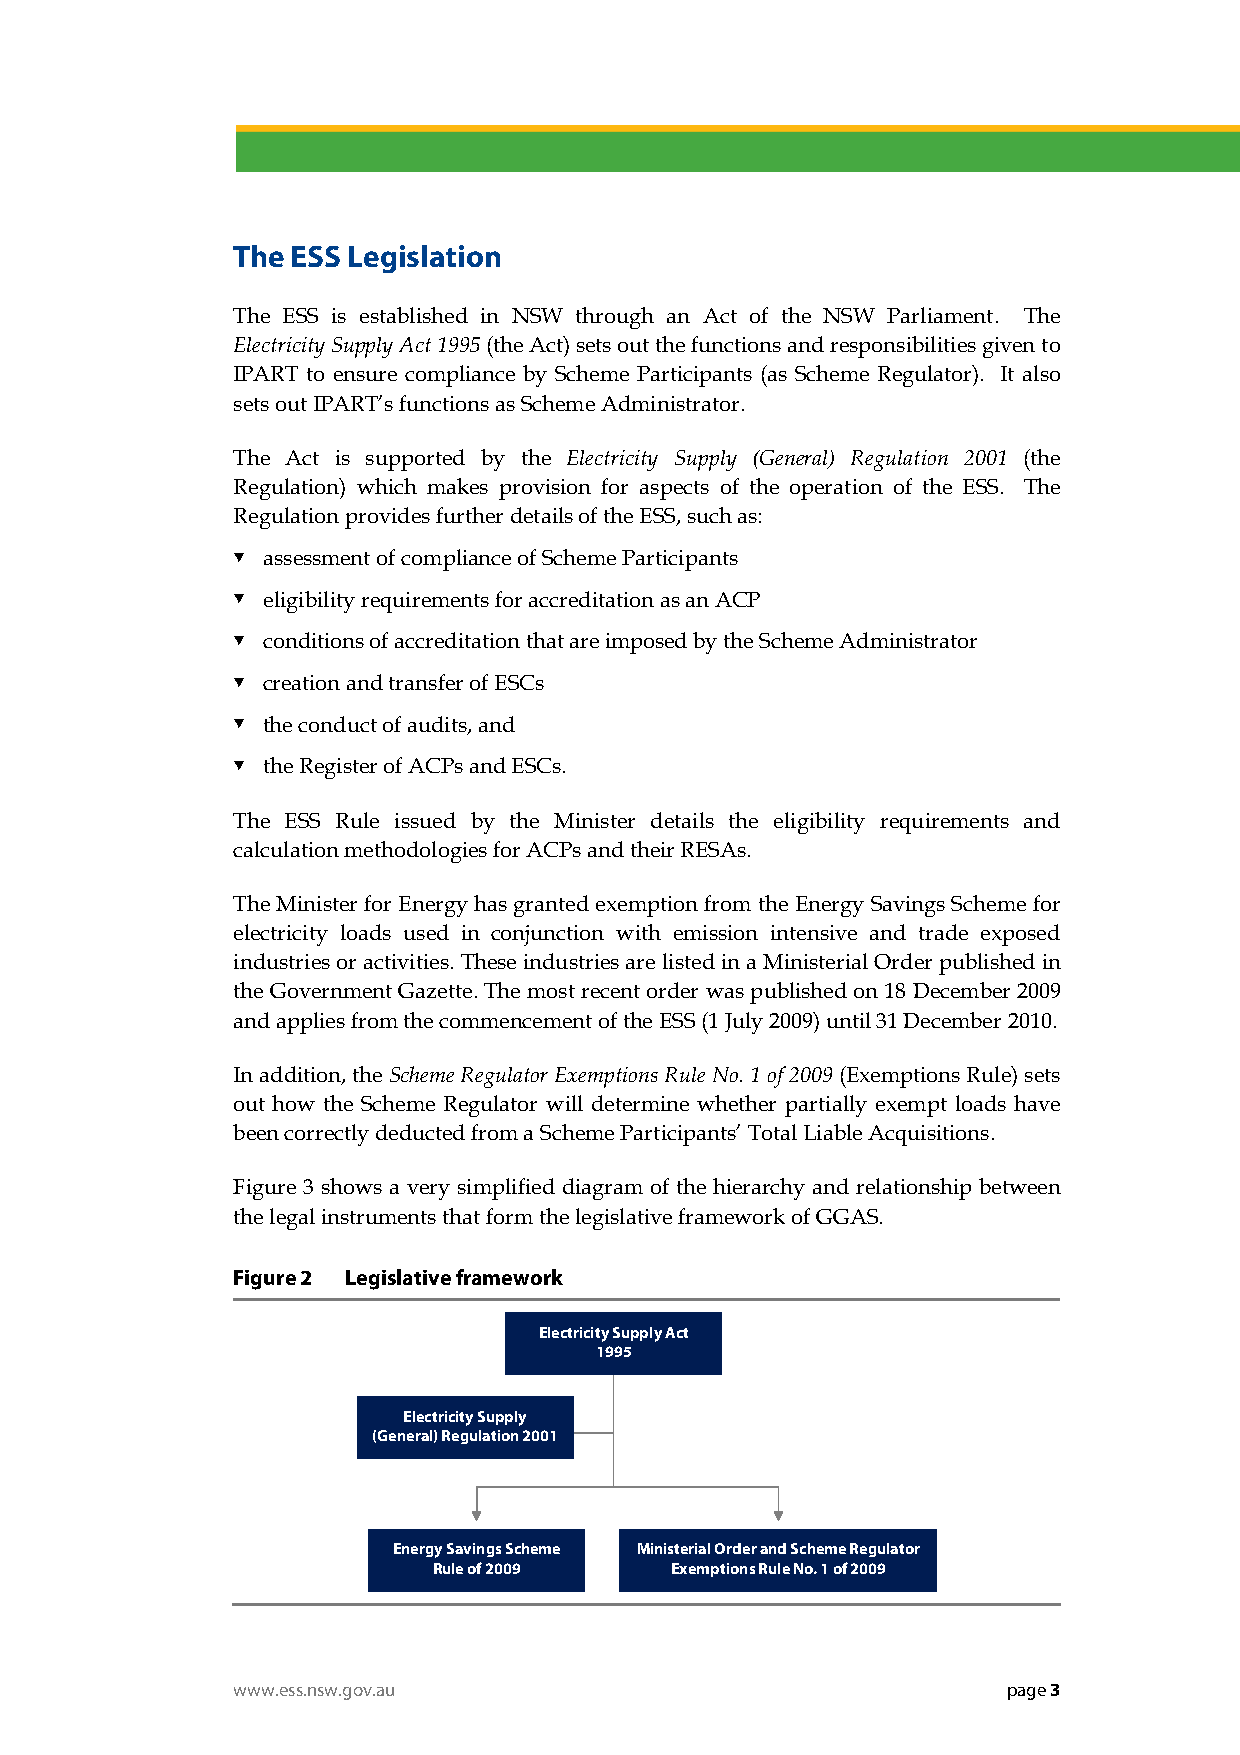
The ESS Legislation
 The ESS is established in NSW through an Act of the NSW Parliament. The
 Electricity Supply Act 1995 (the Act) sets out the functions and responsibilities given to
 IPART to ensure compliance by Scheme Participants (as Scheme Regulator). It also
 sets out IPART’s functions as Scheme Administrator.
 The Act is supported by the Electricity Supply (General) Regulation 2001 (the
 Regulation) which makes provision for aspects of the operation of the ESS. The
 Regulation provides further details of the ESS, such as:
  assessment of compliance of Scheme Participants
  eligibility requirements for accreditation as an ACP
  conditions of accreditation that are imposed by the Scheme Administrator
  creation and transfer of ESCs
  the conduct of audits, and
  the Register of ACPs and ESCs.
 The ESS Rule issued by the Minister details the eligibility requirements and
 calculation methodologies for ACPs and their RESAs.
 The Minister for Energy has granted exemption from the Energy Savings Scheme for
 electricity loads used in conjunction with emission intensive and trade exposed
 industries or activities. These industries are listed in a Ministerial Order published in
 the Government Gazette. The most recent order was published on 18 December 2009
 and applies from the commencement of the ESS (1 July 2009) until 31 December 2010.
 In addition, the Scheme Regulator Exemptions Rule No. 1 of 2009 (Exemptions Rule) sets
 out how the Scheme Regulator will determine whether partially exempt loads have
 been correctly deducted from a Scheme Participants’ Total Liable Acquisitions.
 Figure 3 shows a very simplified diagram of the hierarchy and relationship between
 the legal instruments that form the legislative framework of GGAS.
 Figure 2 Legislative framework
 Electricity Supply Act
 1995
 Electricity Supply
 (General) Regulation 2001
 Energy Savings Scheme Ministerial Order and Scheme Regulator
 Rule of 2009   Exemptions Rule No. 1 of 2009
 www.ess.nsw.gov.au                                  page 3